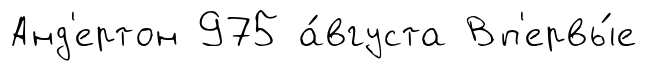
Анд'ертон 975 а́вгуста Вп'ервы́е